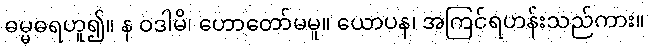
ဓမ္မဓရဟူ၍။ န ဝဒါမိ၊ ဟောတော်မမူ။ ယောပန၊ အကြင်ရဟန်းသည်ကား။